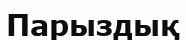
Парыздық